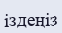
іздеңіз